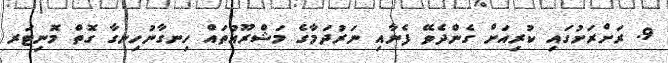
9. ރަށްރަށުގައި ކުރިއަށް ގެންދެވޭ ފެނާއި ނަރުދަމާގެ މަޝްރޫޢުތައް ހިނގާނުހިނގާ ގޮތް މޮނިޓަރ